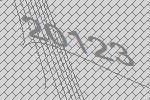
20123